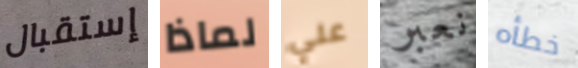
إستقبال لماذا علي نعبر خطأه